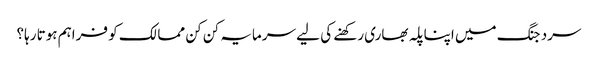
سرد جنگ میں اپنا پلہ بھاری رکھنے کی لیے سرمایہ کن کن ممالک کو فراہم ہوتا رہا؟